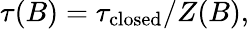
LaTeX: \tau(B)=\tau_{\mathrm{closed}}/Z(B),